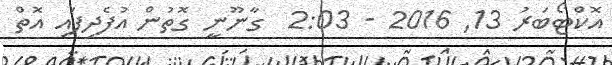
އޮކްޓޯބަރު 13